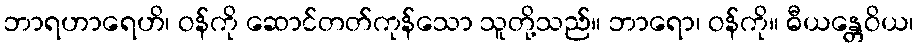
ဘာရဟာရေဟိ၊ ဝန်ကို ဆောင်တတ်ကုန်သော သူတို့သည်။ ဘာရော၊ ဝန်ကို။ ဓီယန္တေဝိယ၊